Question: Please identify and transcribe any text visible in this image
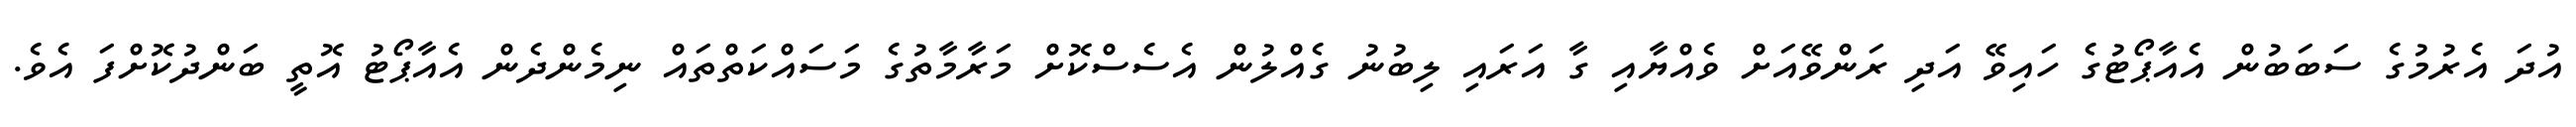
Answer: އުދަ އެރުމުގެ ސަބަބުން އެއާޕޯޓުގެ ހައިވޭ އަދި ރަންވޭއަށް ވެއްޔާއި ގާ އަރައި ލިބުނު ގެއްލުން އެސެސްކޮށް މަރާމާތުގެ މަސައްކަތްތައް ނިމެންދެން އެއާޕޯޓު އޮތީ ބަންދުކޮށްފަ އެވެ.